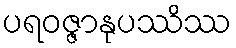
ပရဝဇ္ဇာနုပဿိဿ